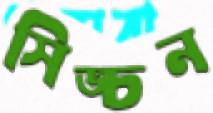
সিঙ্চন